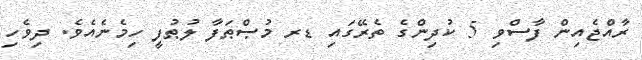
ރާއްޖެއިން ފާސްވި 5 ކުދިންގެ ތެރޭގައި ޑރ މުޞްޠަފާ ލުޠުފީ ހިމެނެއެވެ. ދިވެހި